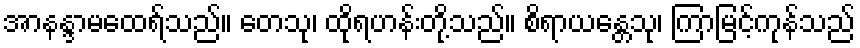
အာနန္ဒာမထေရ်သည်။ တေသု၊ ထိုရဟန်းတို့သည်။ စိရာယန္တေသု၊ ကြာမြင့်ကုန်သည်